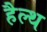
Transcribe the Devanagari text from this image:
हैल्‍थ